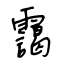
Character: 靄